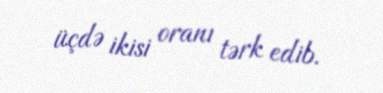
üçdə ikisi oranı tərk edib.